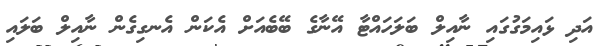
އަދި ޅައިމަގުގައި ނާއިލް ބަލަހައްޓާ އޭނާގެ ބޭބެއަށް އެކަން އެނގިގެން ނާއިލް ބަލައި